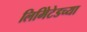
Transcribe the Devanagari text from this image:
लिमिेटेडच्या